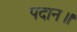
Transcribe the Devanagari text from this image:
पदान॥